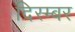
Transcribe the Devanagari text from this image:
दिस्म्बर